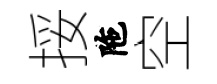
挼陁空